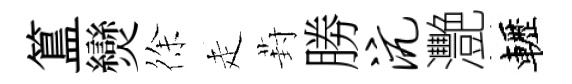
簋𤓖徐走葑勝沆灧轣